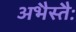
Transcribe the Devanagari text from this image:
अभैस्तैः